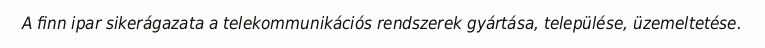
A finn ipar sikerágazata a telekommunikációs rendszerek gyártása, települése, üzemeltetése.